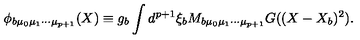
\phi _ { b \mu _ { 0 } \mu _ { 1 } \cdots \mu _ { p + 1 } } ( X ) \equiv g _ { b } \int d ^ { p + 1 } \xi _ { b } M _ { b \mu _ { 0 } \mu _ { 1 } \cdots \mu _ { p + 1 } } G ( ( X - X _ { b } ) ^ { 2 } ) .